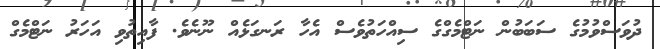
ދުވަސްވުމުގެ ސަބަބުން ނަޓްމެގްގެ ސިއްހަތުވެސް އެހާ ރަނގަޅެއް ނޫނެވެ. ފާއިތުވި އަހަރު ނަޓްމެގް